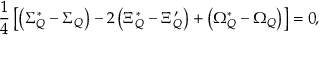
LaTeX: \frac 1 4 \left[ \left( \Sigma _ { Q } ^ { * } - \Sigma _ { Q } \right) - 2 \left( \Xi _ { Q } ^ { * } - \Xi _ { Q } ^ { \prime } \right) + \left( \Omega _ { Q } ^ { * } - \Omega _ { Q } \right) \right] = 0 ,